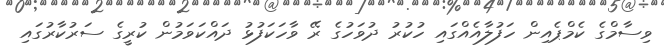
ވިސާމްގެ ކެމްޕެއިން ހަފުލާއެއްގައި ހުކުރު ދުވަހުގެ ރޭ ވާހަކަފުޅު ދައްކަވަމުން ކުރީގެ ސަރުކާރުގައި